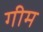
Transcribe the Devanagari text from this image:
गीम